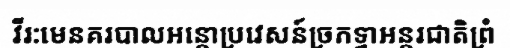
វីរ:មេនគរបាលអន្តោប្រវេសន៍ច្រកទ្វាអន្តរជាតិព្រំ